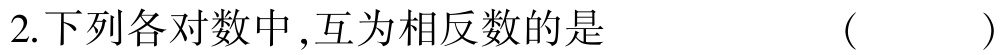
2.下列各对数中,互为相反数的是  ( )